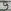
Text: 9